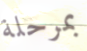
بمرحلة